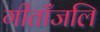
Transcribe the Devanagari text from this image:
गीताँजलि